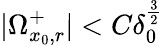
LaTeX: |\Omega_{x_{0},r}^{+}|<C\delta_{0}^{\frac{3}{2}}